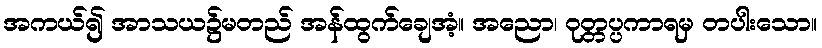
အကယ်၍ အာသယ၌မတည် အန်ထွက်ချေအံ့။ အညော၊ ဝုတ္တပ္ပကာရမှ တပါးသော။